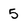
Character: 5